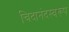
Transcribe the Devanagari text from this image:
चिदानंदस्वरूप